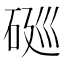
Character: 𱳺